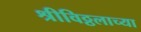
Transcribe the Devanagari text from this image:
श्रीविठ्ठलाच्या